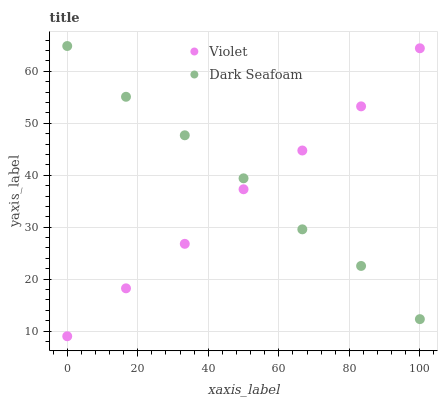
| xaxis_label | Violet | Dark Seafoam |
 | --- | --- | --- |
 | 0 | 9 | 64.9 |
 | 16.7 | 18.2 | 55.1 |
 | 33.3 | 26.8 | 47.7 |
 | 50 | 37.3 | 39.4 |
 | 66.7 | 44.8 | 29.6 |
 | 83.3 | 53.3 | 22.5 |
 | 100 | 64.4 | 12.3 |